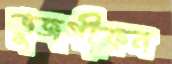
ভুজগীফ্রন